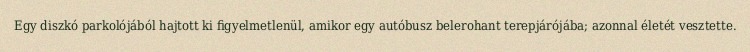
Egy diszkó parkolójából hajtott ki figyelmetlenül, amikor egy autóbusz belerohant terepjárójába; azonnal életét vesztette.